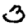
Digit: 3